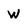
Character: W